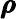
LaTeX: \pmb\rho